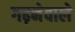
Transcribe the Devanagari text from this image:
गढ़नेवाले